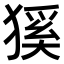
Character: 𤠓